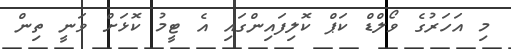
މި އަހަރުގެ ވޯލްޑް ކަޕް ކޮލިފައިންގައި އެ ޓީމު ކޮޅަށް ވަނީ ތިން